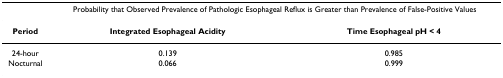
<table><thead><tr><td></td><td colspan="2"><b>Probability that Observed Prevalence of Pathologic Esophageal Reflux is Greater than Prevalence of False-Positive Values</b></td></tr></thead><tbody><tr><td><b>Period</b></td><td><b>Integrated Esophageal Acidity</b></td><td><b>Time Esophageal pH &lt; 4</b></td></tr><tr><td>24-hour</td><td>0.139</td><td>0.985</td></tr><tr><td>Nocturnal</td><td>0.066</td><td>0.999</td></tr></tbody></table>